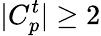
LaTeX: |C_{p}^{t}|\geq 2